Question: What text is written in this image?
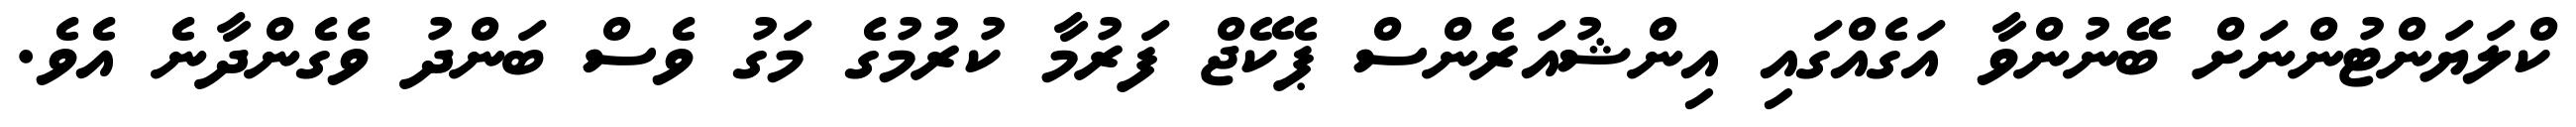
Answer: ކްލަޔަންޓުންނަށް ބޭނުންވާ އަގެއްގައި އިންޝުއަރެންސް ޕެކޭޖް ފަރުމާ ކުރުމުގެ މަގު ވެސް ބަންދު ވެގެންދާނެ އެވެ.